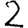
Digit: 2